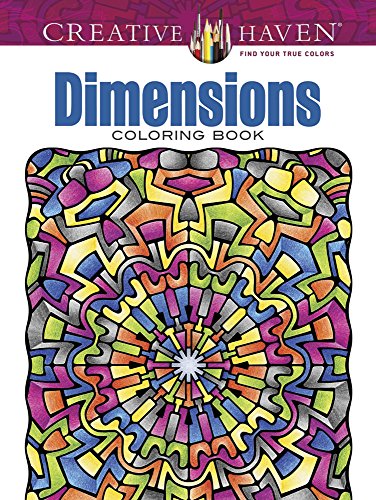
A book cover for Creative Haven Dimensions Coloring Book (Creative Haven Coloring Books); John Wik; Humor & Entertainment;